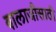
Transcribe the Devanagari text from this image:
बालाजीसाठी